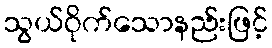
သွယ်ဝိုက်သောနည်းဖြင့်